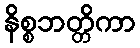
နိစ္စဘတ္တိကာ